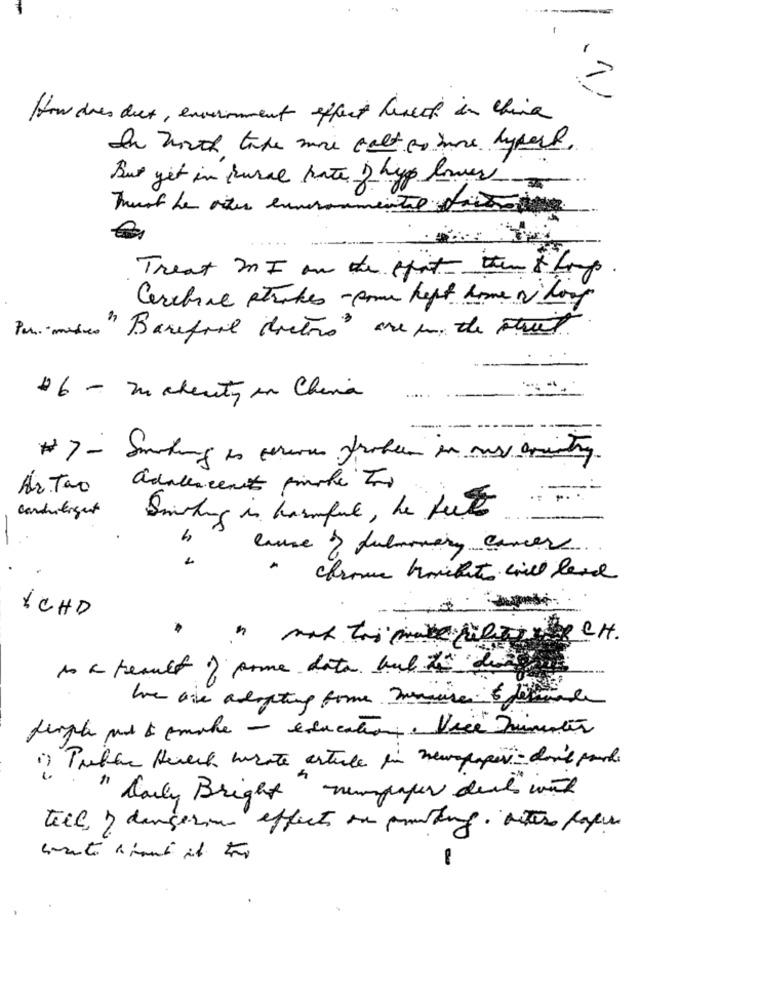
-
-
1,
How dies diet , envernment effect humect in china
In North lake more falt to home hypert.
But get in rural hate 2 hyp lower
must be vite environmental tarde
Treat MI on the that the & hop.
Carabine strokes - come kept home a hoy
Per mises"Barefoot dietro are in the stret.
46 - makerty en China
#7- Something is wereous frobeen in any country
Artao adolescent pinski Too
Smoking in harmful, he feet
cause & pulmonary cancer
.
ICHD
to a treault of some data but i de
We are adopting tome Denise & fo
people que & pmake - éducation . Vice Dimentis
1) Tubbe Heech wrote astule i newspaper- don't parde
" Carly Bright" newspaper dead" with
tech ) dangerous effects on ponting. dites papier